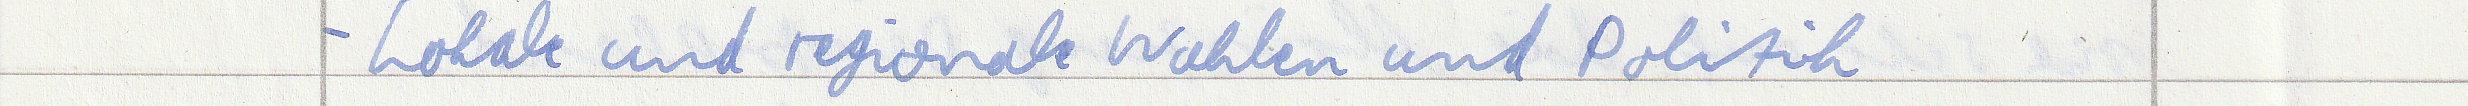
- Lokale und regionale Wahlen und Politik